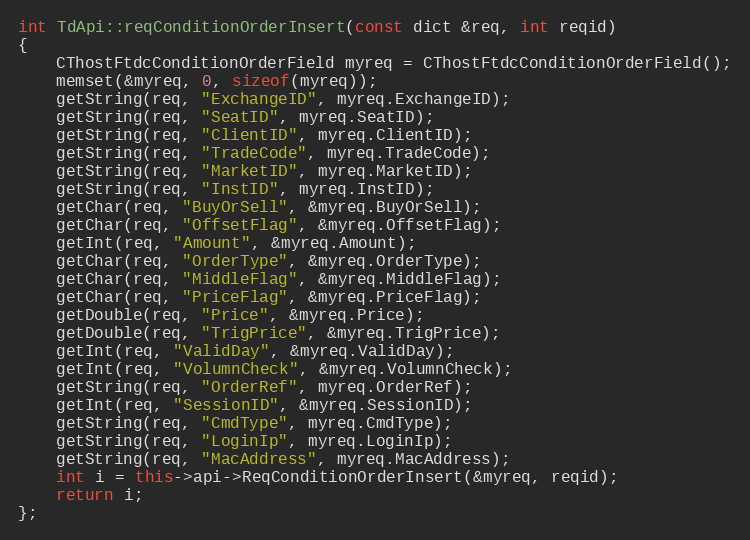
Language: C++
int TdApi::reqConditionOrderInsert(const dict &req, int reqid)
{
	CThostFtdcConditionOrderField myreq = CThostFtdcConditionOrderField();
	memset(&myreq, 0, sizeof(myreq));
	getString(req, "ExchangeID", myreq.ExchangeID);
	getString(req, "SeatID", myreq.SeatID);
	getString(req, "ClientID", myreq.ClientID);
	getString(req, "TradeCode", myreq.TradeCode);
	getString(req, "MarketID", myreq.MarketID);
	getString(req, "InstID", myreq.InstID);
	getChar(req, "BuyOrSell", &myreq.BuyOrSell);
	getChar(req, "OffsetFlag", &myreq.OffsetFlag);
	getInt(req, "Amount", &myreq.Amount);
	getChar(req, "OrderType", &myreq.OrderType);
	getChar(req, "MiddleFlag", &myreq.MiddleFlag);
	getChar(req, "PriceFlag", &myreq.PriceFlag);
	getDouble(req, "Price", &myreq.Price);
	getDouble(req, "TrigPrice", &myreq.TrigPrice);
	getInt(req, "ValidDay", &myreq.ValidDay);
	getInt(req, "VolumnCheck", &myreq.VolumnCheck);
	getString(req, "OrderRef", myreq.OrderRef);
	getInt(req, "SessionID", &myreq.SessionID);
	getString(req, "CmdType", myreq.CmdType);
	getString(req, "LoginIp", myreq.LoginIp);
	getString(req, "MacAddress", myreq.MacAddress);
	int i = this->api->ReqConditionOrderInsert(&myreq, reqid);
	return i;
};